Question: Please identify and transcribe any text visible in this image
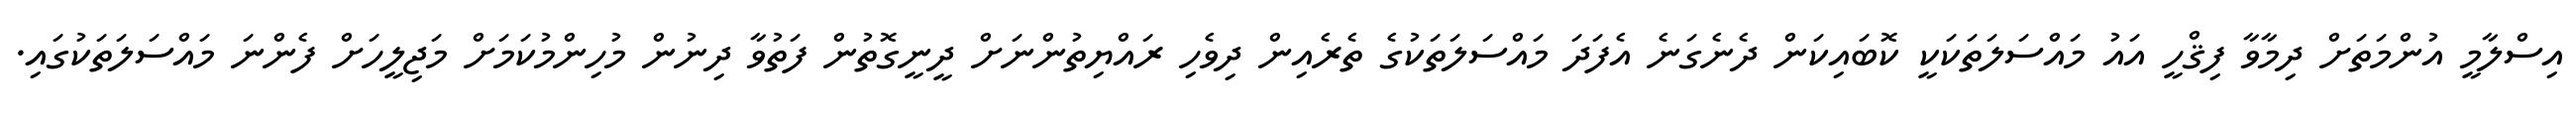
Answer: އިސްލާމީ އުންމަތަށް ދިމާވާ ފިޤްހީ އައު މައްސަލަތަކަކީ ކޮބައިކަން ދެނެގަނެ އެފަދަ މައްސަލަތަކުގެ ތެރެއިން ދިވެހި ރައްޔިތުންނަށް ދީނީގޮތުން ފަތުވާ ދިނުން މުހިންމުކަމަށް މަޖިލީހަށް ފެންނަ މައްސަލަތަކުގައި.